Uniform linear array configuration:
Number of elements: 4
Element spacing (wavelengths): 0.5
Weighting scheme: kaiser
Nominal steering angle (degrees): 15
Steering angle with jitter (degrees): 16.001
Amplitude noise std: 0.05
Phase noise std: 0.05

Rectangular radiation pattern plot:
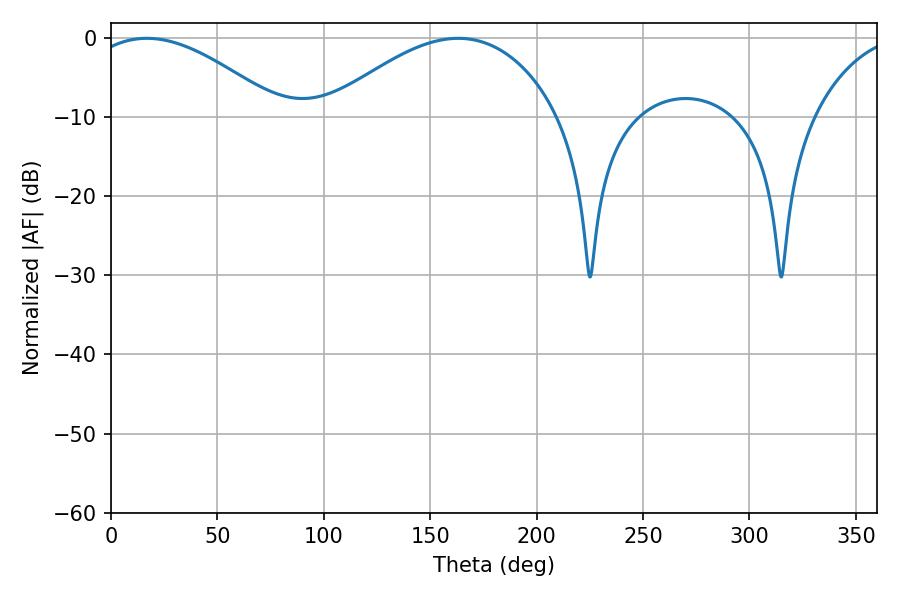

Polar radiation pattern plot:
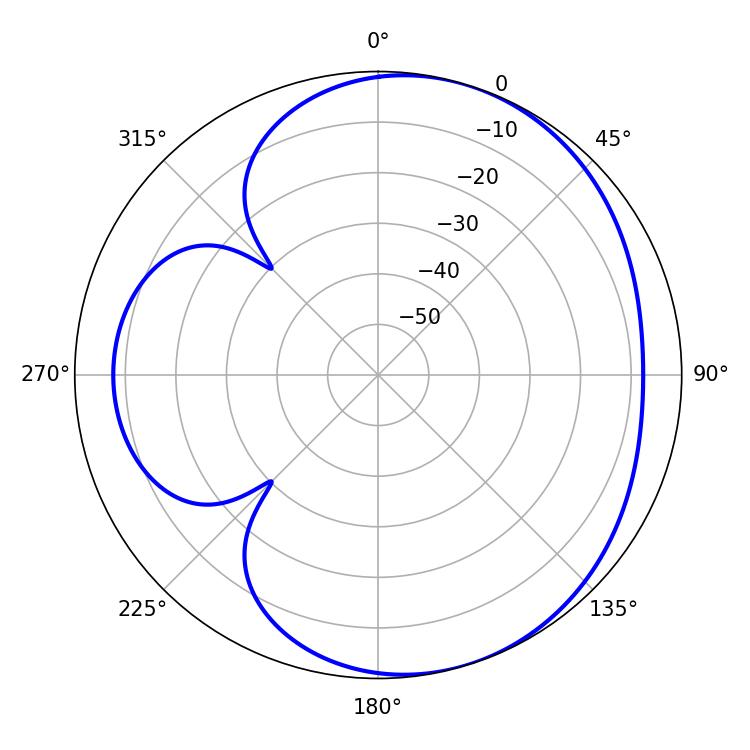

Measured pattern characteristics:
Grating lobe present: FALSE
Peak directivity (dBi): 4.667
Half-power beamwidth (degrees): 50.04
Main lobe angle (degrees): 16.92